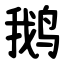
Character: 鹅